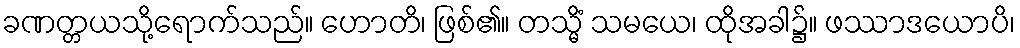
ခဏတ္တယသို့ရောက်သည်။ ဟောတိ၊ ဖြစ်၏။ တသ္မိံ သမယေ၊ ထိုအခါ၌။ ဖဿာဒယောပိ၊